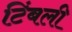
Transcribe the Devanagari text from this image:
टिंबली